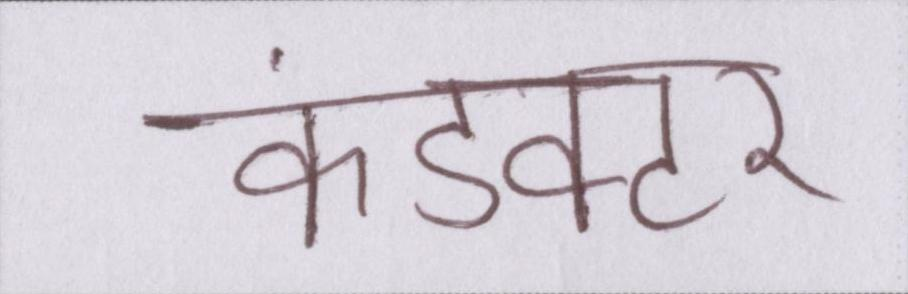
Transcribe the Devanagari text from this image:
कंडक्टर